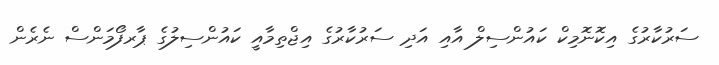
ސަރުކާރުގެ އިކޮނޮމިކް ކައުންސިލް އާއި އަދި ސަރުކާރުގެ އިޖްތިމާއީ ކައުންސިލުގެ ޕާރފޯމަންސް ނެރެން